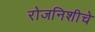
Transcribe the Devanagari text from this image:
रोजनिशीचे